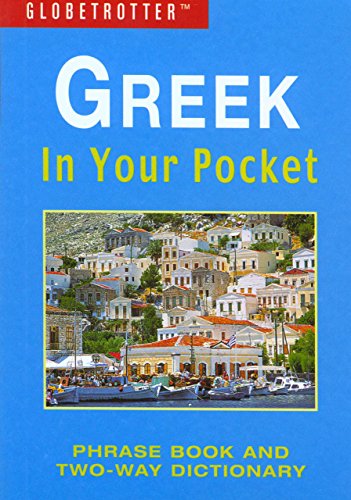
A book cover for Greek In Your Pocket (Globetrotter In Your Pocket); D Coulbanis; Travel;